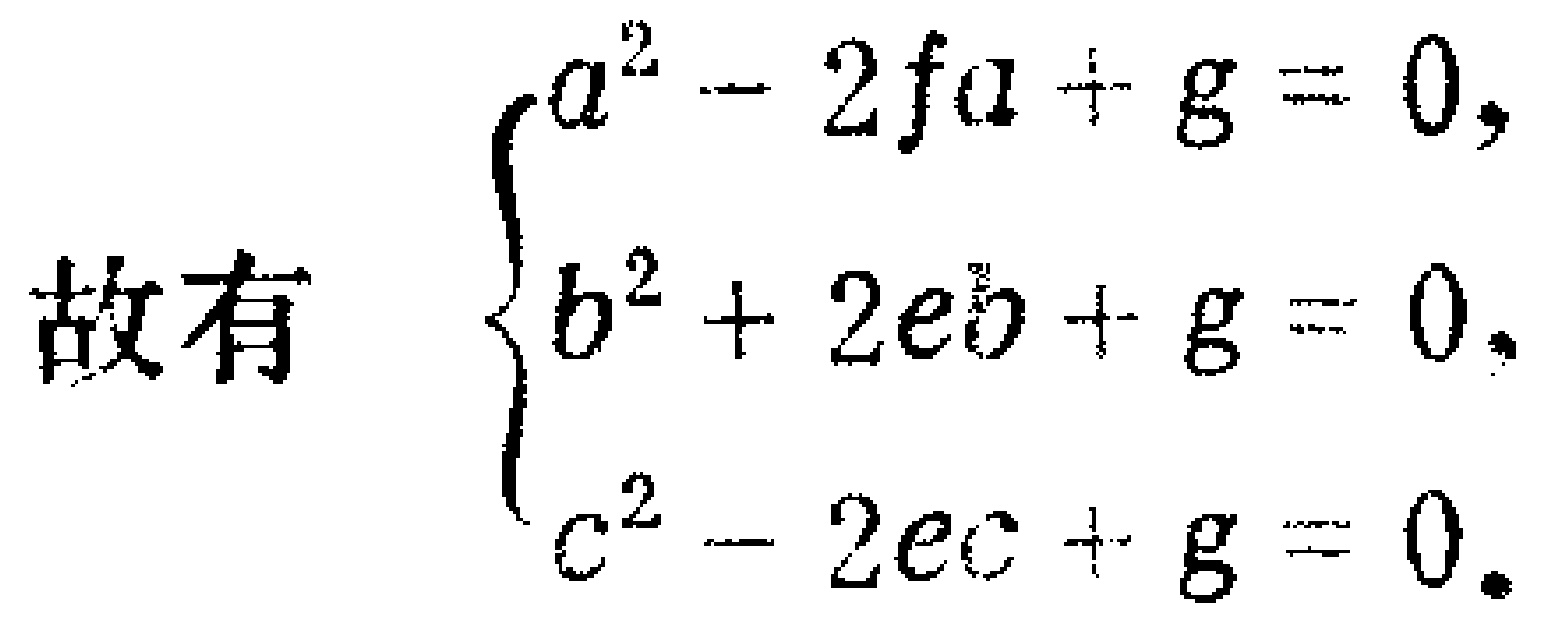
故有
\[
\begin{cases}
a^{2}-2fa + g = 0,\\
b^{2}+2eb + g = 0,\\
c^{2}-2ec + g = 0.
\end{cases}
\]